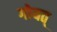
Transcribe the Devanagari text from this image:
गोयत्